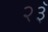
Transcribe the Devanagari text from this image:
२३ॅ